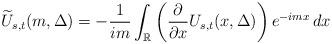
LaTeX: \begin{gather*}\widetilde{U}_{s,t}(m, \Delta)= -\frac{1}{im} \int_{\mathbb{R}} \left(\frac{\partial}{\partial x} U_{s,t}(x, \Delta)\right) e^{-imx} \,dx\end{gather*}